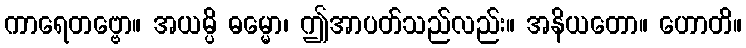
ကာရေတဗ္ဗော။ အယမ္ပိ ဓမ္မော၊ ဤအာပတ်သည်လည်း။ အနိယတော။ ဟောတိ။